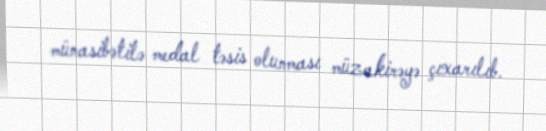
münasibətilə medal təsis olunması müzakirəyə çıxarılıb.